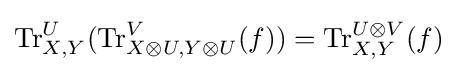
\mathrm {Tr} _{X,Y}^{U}(\mathrm {Tr} _{X\otimes U,Y\otimes U}^{V}(f))=\mathrm {Tr} _{X,Y}^{U\otimes V}(f)